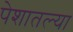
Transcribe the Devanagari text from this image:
पेशातल्या